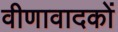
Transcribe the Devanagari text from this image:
वीणावादकों